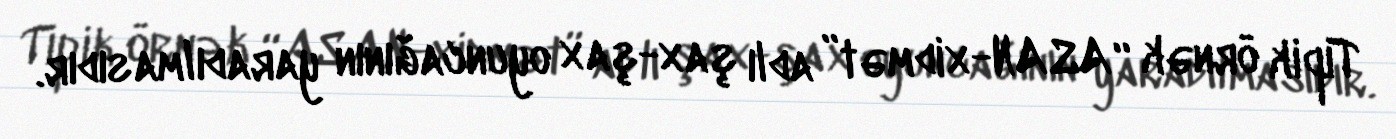
Tipik örnək “ASAN-xidmət” adlı şax-şax oyuncağının yaradılmasıdır.